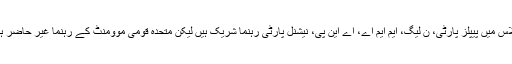
اجلاس میں پیپلز پارٹی، ن لیگ، ایم ایم اے، اے این پی، نیشنل پارٹی رہنما شریک ہیں لیکن متحدہ قومی موومنٹ کے رہنما غیر حاضر ہیں۔